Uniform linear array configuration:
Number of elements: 4
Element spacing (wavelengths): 0.75
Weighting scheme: blackman
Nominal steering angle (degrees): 30
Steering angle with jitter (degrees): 31.855
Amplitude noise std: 0.05
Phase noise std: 0.05

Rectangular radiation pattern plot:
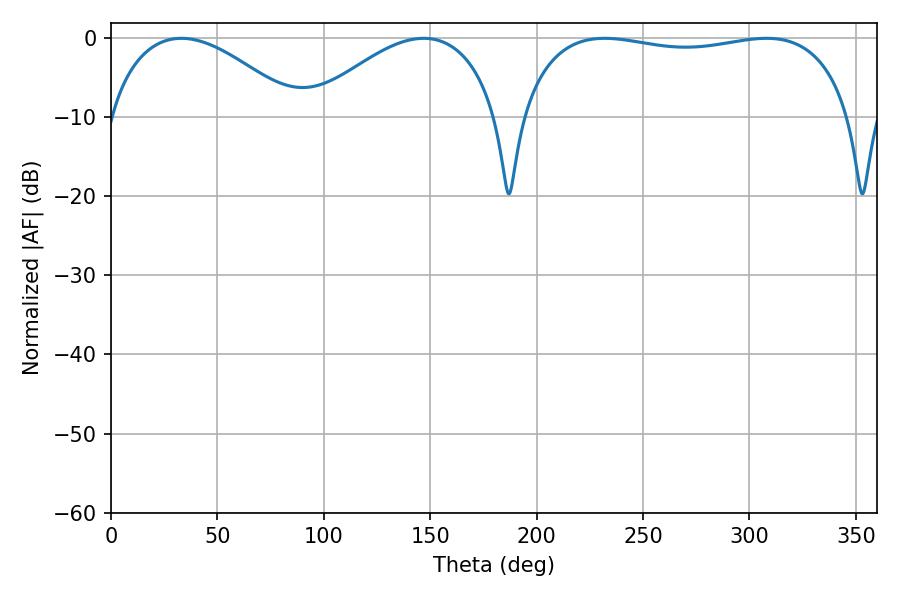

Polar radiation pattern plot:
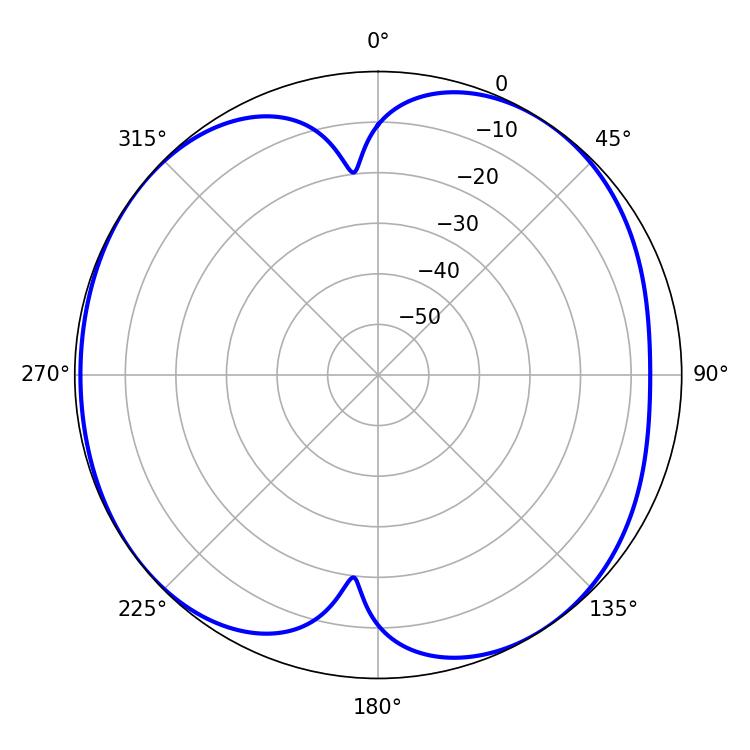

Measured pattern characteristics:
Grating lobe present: TRUE
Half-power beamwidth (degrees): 126
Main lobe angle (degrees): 232.02